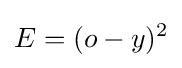
E=(o-y)^{2}